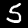
Label: 5